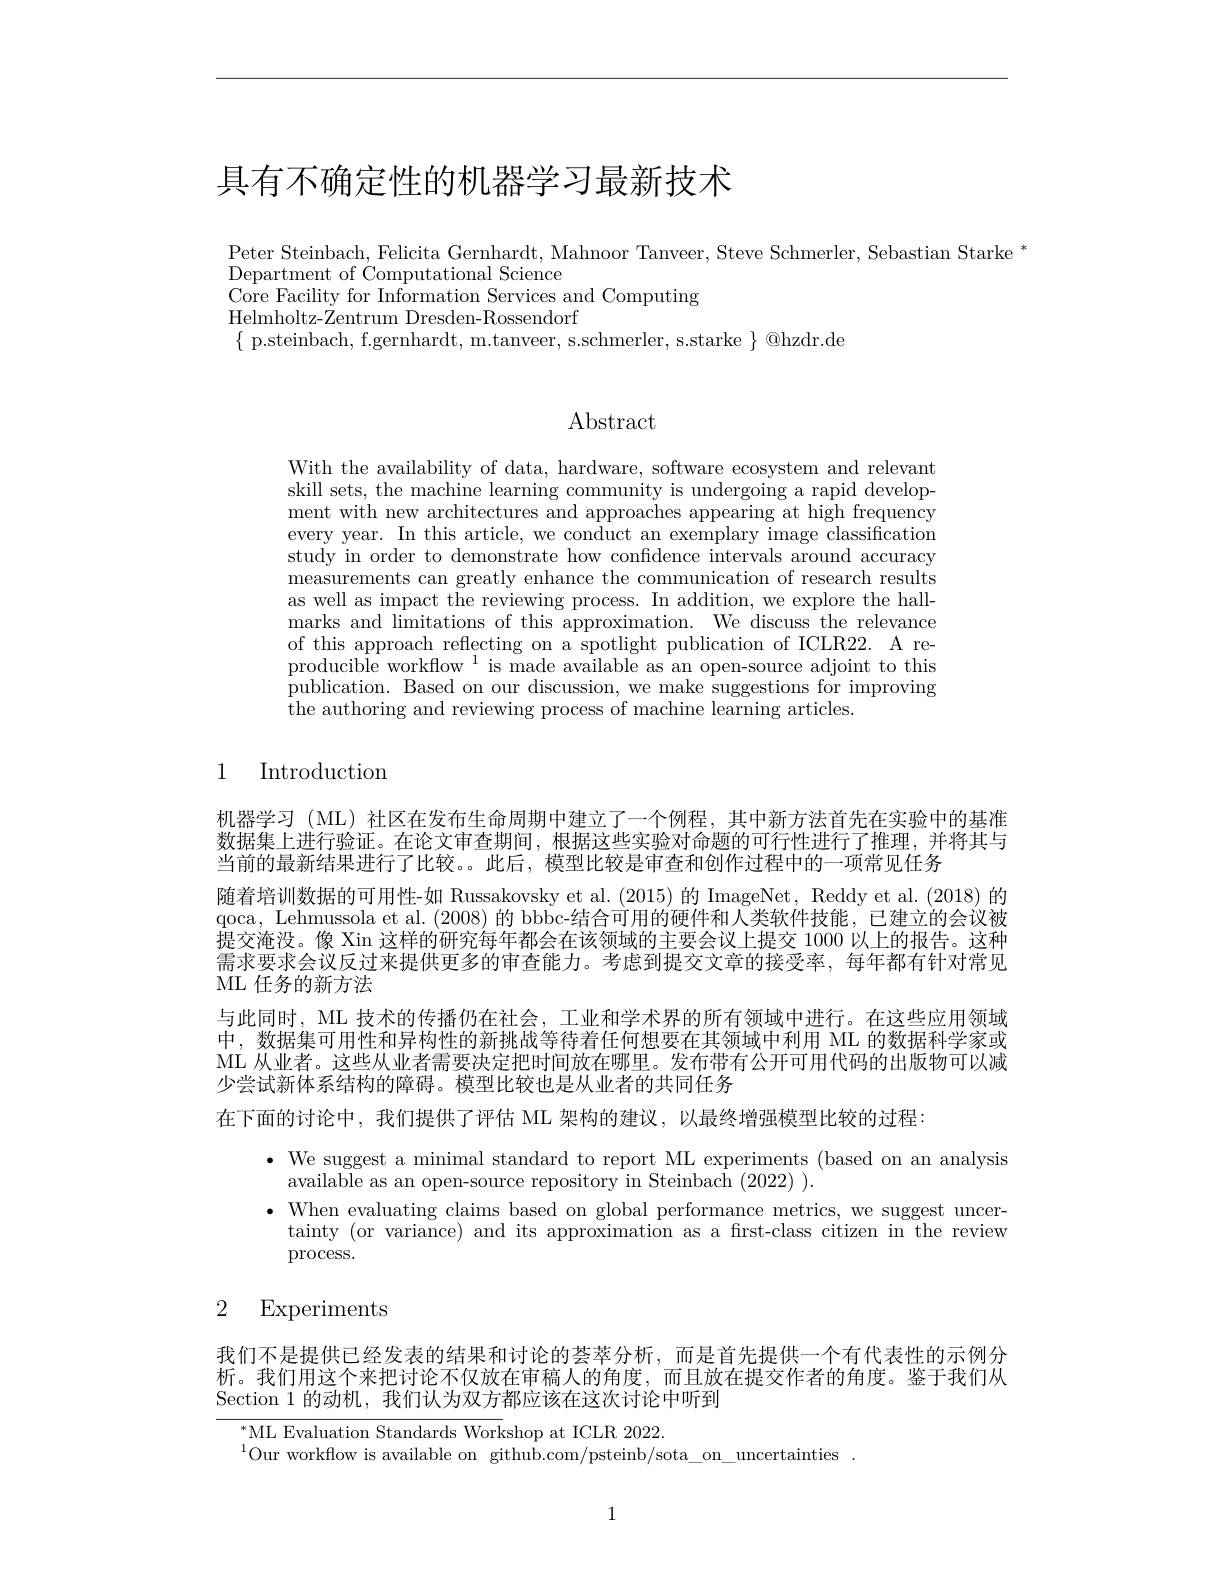
# 具有不确定性的机器学习最新技术

Peter Steinbach, Felicita Gernhardt, Mahnoor Tanveer, Steve Schmerler, Sebastian Starke *
Department of Computational Science
$\dot{\text{Core Facility for Information Services and Computing}}$
Helmholtz-Zentrum Dresden-Rossendorf
$\{$p.steinbach, f.gernhardt, m.tanveer, s.schmerler, s.starke $\}@$hzdr.de

## $\operatorname{Abstract}$

With the availability of data, hardware, software ecosystem and relevant skill sets, the machine learning community is undergoing a rapid development with new architectures and approaches appearing at high frequency every year. In this article, we conduct an exemplary image classification study in order to demonstrate how confidence intervals around accuracy measurements can greatly enhance the communication of research results as well as impact the reviewing process. In addition, we explore the hallmarks and limitations of this approximation. We discuss the relevance of this approach reflecting on a spotlight publication of ICLR22. A reproducible workflow $^1$ is made available as an open-source adjoint to this publication. Based on our discussion, we make suggestions for improving the authoring and reviewing process of machine learning articles.

1 Introduction

机器学习 (ML)社区在发布生命周期中建立了一个例程，其中新方法首先在实验中的基准数据集上进行验证。在论文审查期间，根据这些实验对命题的可行性进行了推理，并将其与当前的最新结果进行了比较。。此后，模型比较是审查和创作过程中的一项常见任务
随着培训数据的可用性-如 Russakovsky et al.(2015) 的 ImageNet, Reddy et al.(2018) 的qoca, Lehmussola et al. (2008) 的 bbbc-结合可用的硬件和人类软件技能，已建立的会议被提交淹没。像 Xin 这样的研究每年都会在该领域的主要会议上提交 1000 以上的报告。这种需求要求会议反过来提供更多的审查能力。考虑到提交文章的接受率，每年都有针对常见ML 任务的新方法
与此同时，ML 技术的传播仍在社会，工业和学术界的所有领域中进行。在这些应用领域中，数据集可用性和异构性的新挑战等待着任何想要在其领域中利用 ML 的数据科学家或ML 从业者。这些从业者需要决定把时间放在哪里。发布带有公开可用代码的出版物可以减少尝试新体系结构的障碍。模型比较也是从业者的共同任务

在下面的讨论中，我们提供了评估 ML 架构的建议，以最终增强模型比较的过程：

$\bullet$ We suggest a minimal standard to report ML experiments (based on analysis
available as an open-source repository in Steinbach (2022) ).
When evaluating claims based on global performance metrics, we suggest uncertainty (or variance) and its approximation as a first-class citizen in the review $\operatorname{process}.$

2 Experiments

我们不是提供已经发表的结果和讨论的荟萃分析，而是首先提供一个有代表性的示例分析。我们用这个来把讨论不仅放在审稿人的角度，而且放在提交作者的角度。鉴于我们从Section 1 的动机，我们认为双方都应该在这次讨论中听到

$^{*}$ML Evaluation Standards Workshop at ICLR 2022.

$^{1}$Our workflow is available on github.com/psteinb/sota\_on\_uncertainties.

1